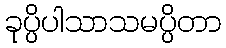
ခုပ္ပိပါသာသမပ္ပိတာ